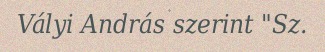
Vályi András szerint "Sz.